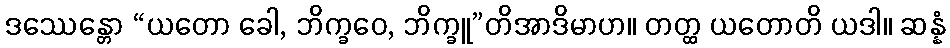
ဒဿေန္တော “ယတော ခေါ, ဘိက္ခဝေ, ဘိက္ခူ”တိအာဒိမာဟ။ တတ္ထ ယတောတိ ယဒါ။ ဆန္နံ